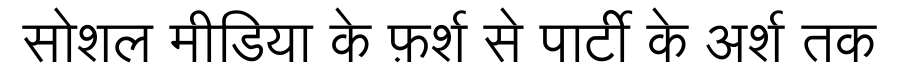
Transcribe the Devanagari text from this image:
सोशल मीडिया के फ़र्श से पार्टी के अर्श तक